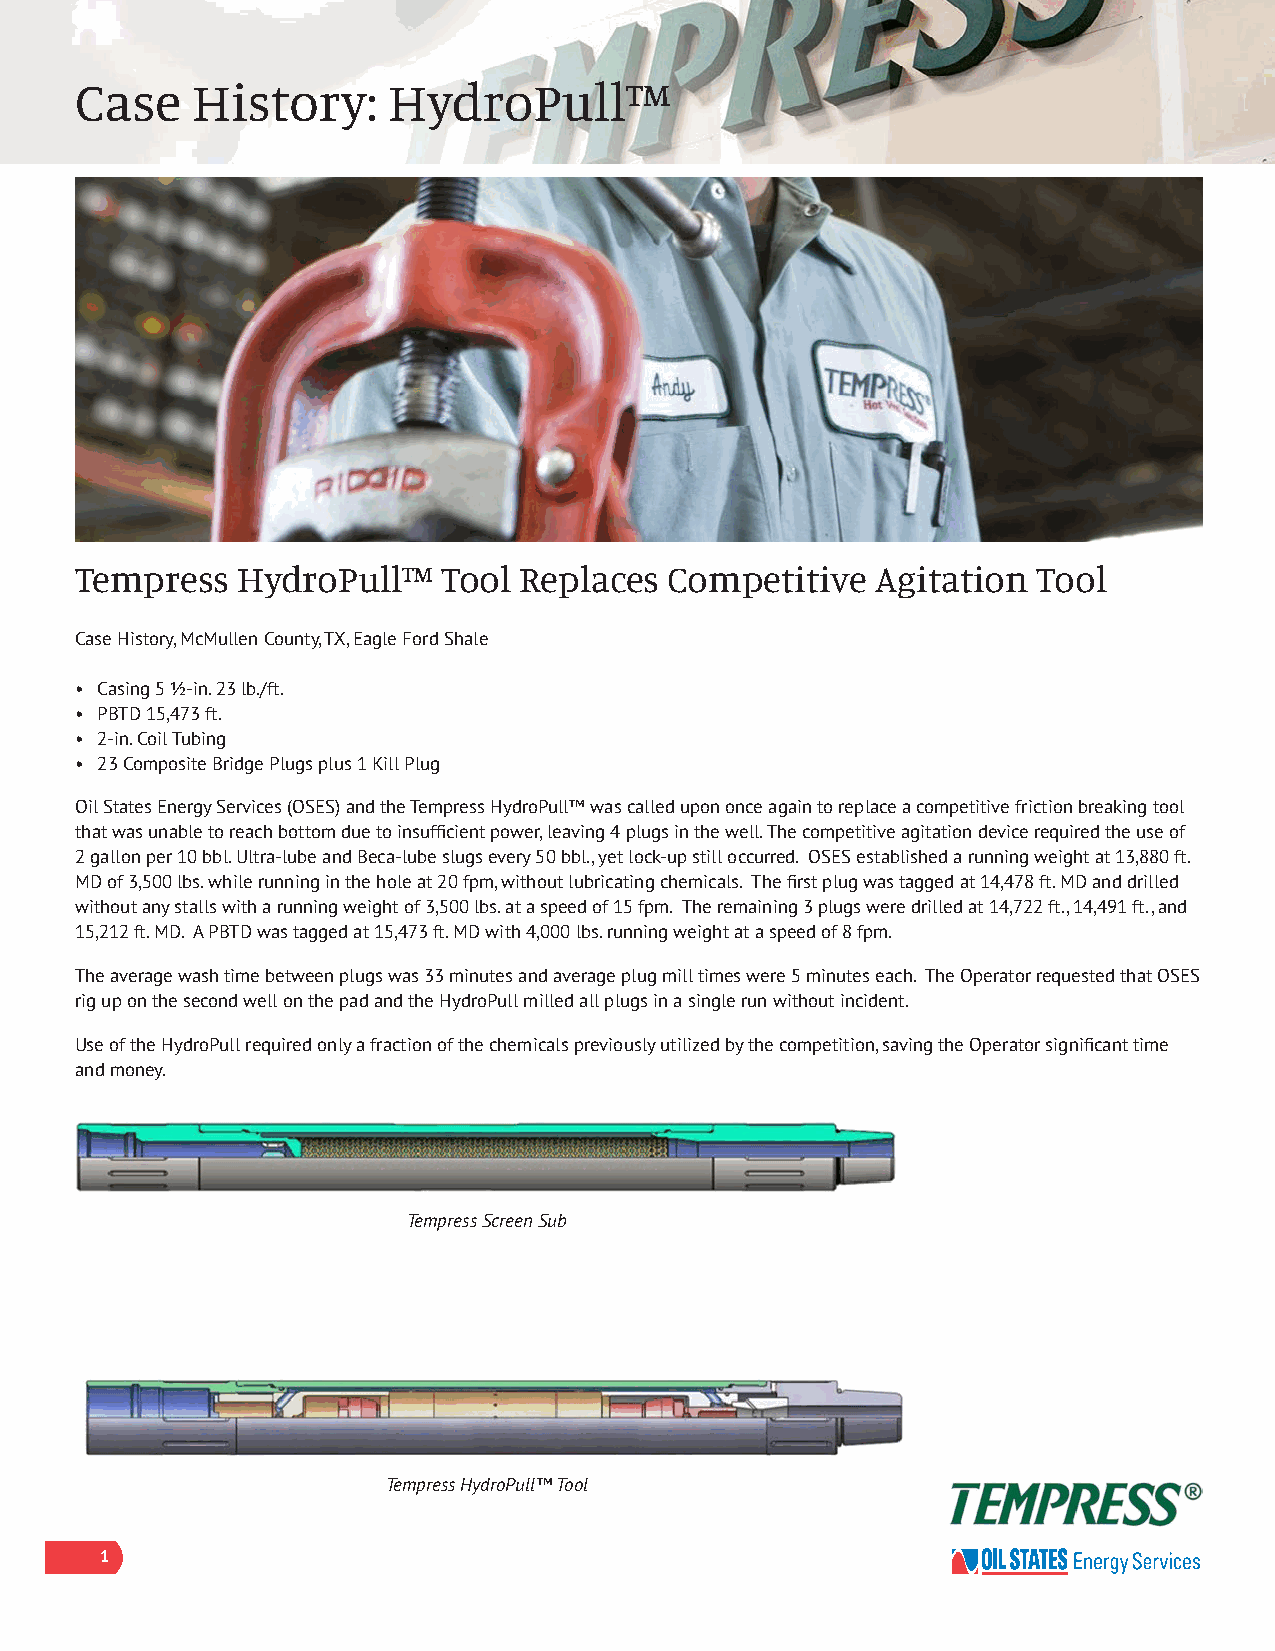
Case    History:     HydroPull™
 Tempress   HydroPull™   Tool Replaces  Competitive   Agitation  Tool
 Case History, McMullen County, TX, Eagle Ford Shale
 • Casing 5 ½-in. 23 lb./ft.
 • PBTD 15,473 ft.
 • 2-in. Coil Tubing
 • 23 Composite Bridge Plugs plus 1 Kill Plug
 Oil States Energy Services (OSES) and the Tempress HydroPull™ was called upon once again to replace a competitive friction breaking tool
 that was unable to reach bottom due to insufficient power, leaving 4 plugs in the well. The competitive agitation device required the use of
 2 gallon per 10 bbl. Ultra-lube and Beca-lube slugs every 50 bbl., yet lock-up still occurred. OSES established a running weight at 13,880 ft.
 MD of 3,500 lbs. while running in the hole at 20 fpm, without lubricating chemicals. The first plug was tagged at 14,478 ft. MD and drilled
 without any stalls with a running weight of 3,500 lbs. at a speed of 15 fpm. The remaining 3 plugs were drilled at 14,722 ft., 14,491 ft., and
 15,212 ft. MD. A PBTD was tagged at 15,473 ft. MD with 4,000 lbs. running weight at a speed of 8 fpm.
 The average wash time between plugs was 33 minutes and average plug mill times were 5 minutes each. The Operator requested that OSES
 rig up on the second well on the pad and the HydroPull milled all plugs in a single run without incident.
 Use of the HydroPull required only a fraction of the chemicals previously utilized by the competition, saving the Operator significant time
 and money.
 Tempress Screen Sub
 Tempress HydroPull™ Tool
 1